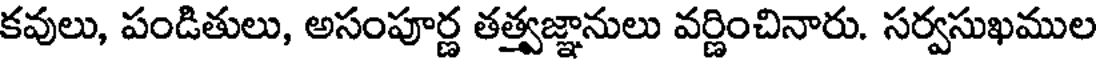
కవులు, పండితులు, అసంపూర్ణ తత్త్వజ్ఞానులు వర్ణించినారు. సర్వసుఖముల